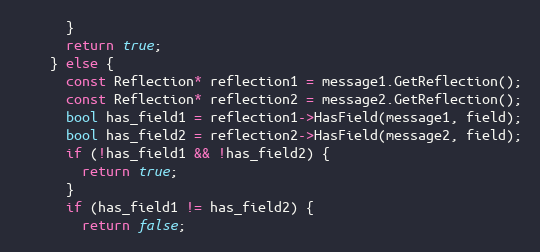
Language: C++
      }
      return true;
    } else {
      const Reflection* reflection1 = message1.GetReflection();
      const Reflection* reflection2 = message2.GetReflection();
      bool has_field1 = reflection1->HasField(message1, field);
      bool has_field2 = reflection2->HasField(message2, field);
      if (!has_field1 && !has_field2) {
        return true;
      }
      if (has_field1 != has_field2) {
        return false;